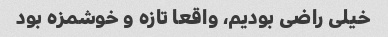
خیلی راضی بودیم، واقعا تازه و خوشمزه بود